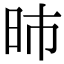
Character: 昁